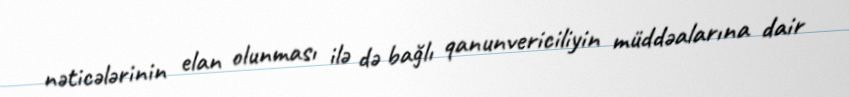
nəticələrinin elan olunması ilə də bağlı qanunvericiliyin müddəalarına dair